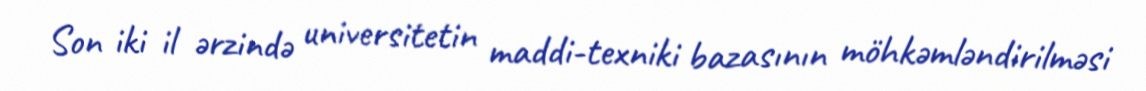
Son iki il ərzində universitetin maddi-texniki bazasının möhkəmləndirilməsi